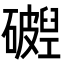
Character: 𬒧